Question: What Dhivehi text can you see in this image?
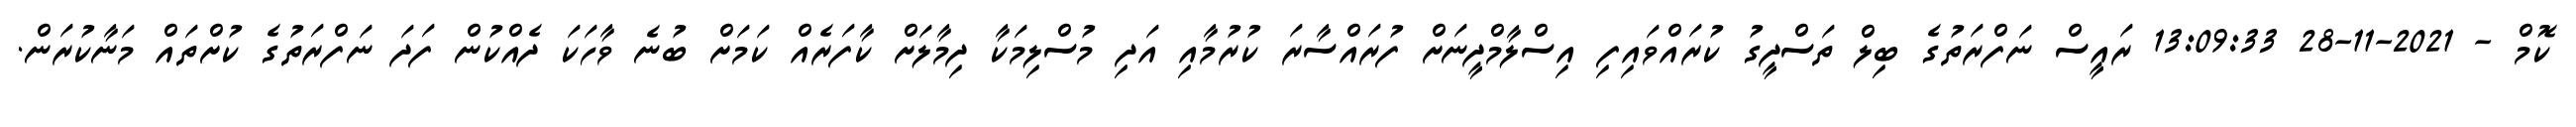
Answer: ކޮމް - 2021-11-28 13:09:33 ރައީސް ނަފްރަތުގެ ބިލް ތަސްދީގު ކުރައްވައިފި އިސްލާމްދީނަށް ފުރައްސާރަ ކުރުމާއި އަދި މުސްލިމަކާ ދިމާލަށް ކާފަރެއް ކަމަށް ބުނެ ވާހަކަ ދެއްކުން ފަދަ ނަފްރަތުގެ ކުށްތައް މަނާކުރަން.